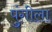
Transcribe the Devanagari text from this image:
पुंगीला